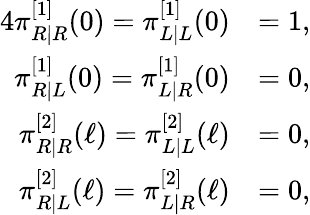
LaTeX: \begin{array}{rl}{{4}\pi_{R|R}^{[1]}(0)=\pi_{L|L}^{[1]}(0)}&{=1,}\\ {\pi_{R|L}^{[1]}(0)=\pi_{L|R}^{[1]}(0)}&{=0,}\\ {\pi_{R|R}^{[2]}(\ell)=\pi_{L|L}^{[2]}(\ell)}&{=0,}\\ {\pi_{R|L}^{[2]}(\ell)=\pi_{L|R}^{[2]}(\ell)}&{=0,}\end{array}